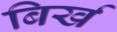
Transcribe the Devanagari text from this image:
बिर्ख